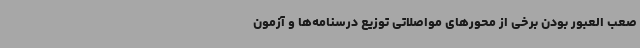
صعب العبور بودن برخی از محورهای مواصلاتی توزیع درسنامه‌ها و آزمون